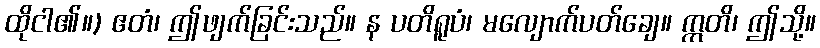
ထိုငါ၏။) ဧတံ၊ ဤဖျက်ခြင်းသည်။ န ပတိရူပံ၊ မလျောက်ပတ်ချေ။ ဣတိ၊ ဤသို့။